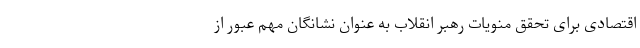
اقتصادی برای تحقق منویات رهبر انقلاب به عنوان نشانگان مهم عبور از